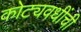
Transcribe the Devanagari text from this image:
कोट्यवधींची